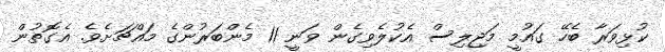
ކުޅިވަރާ ބެހޭ ގައުމީ މަޖިލިސް އެކުލެވިގެން ވަނީ 11 މެންބަރުންގެ މައްޗަށެވެ. އެގޮތުން